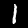
Digit: 1